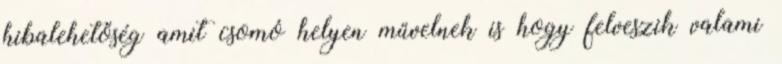
hibalehetőség amit csomó helyen művelnek is hogy felveszik valami